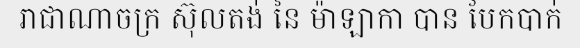
រាជាណាចក្រ ស៊ុលតង់ នៃ ម៉ាឡាកា បាន បែកបាក់